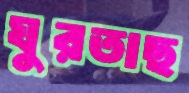
ঘুরতাছ